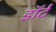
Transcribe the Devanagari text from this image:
डॉर्ट